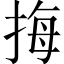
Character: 挴